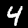
Label: 4